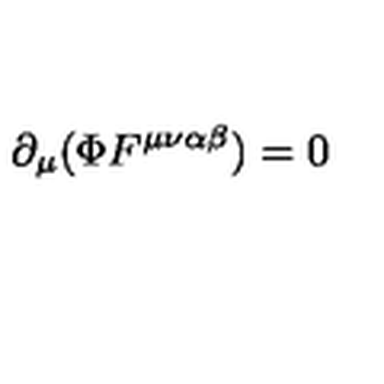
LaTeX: \partial _ { \mu } ( \Phi F ^ { \mu \nu \alpha \beta } ) = 0